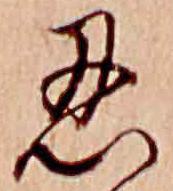
忍